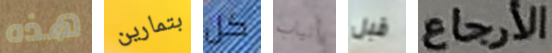
هذه بتمارين كل أنياب قبل الأرجاع